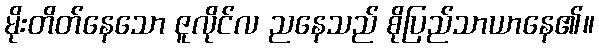
မိုးတိတ်နေသော ဇူလိုင်လ ညနေသည် စိုပြည်သာယာနေ၏။